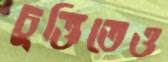
চুক্তিতেও